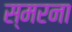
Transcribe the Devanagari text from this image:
स्मरना